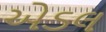
એડલ